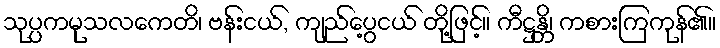
သုပ္ပကမုသလကေတိ၊ ဗန်းငယ်, ကျည်ပွေ့ငယ် တို့ဖြင့်။ ကီဋ္ဌန္တိ၊ ကစားကြကုန်၏။